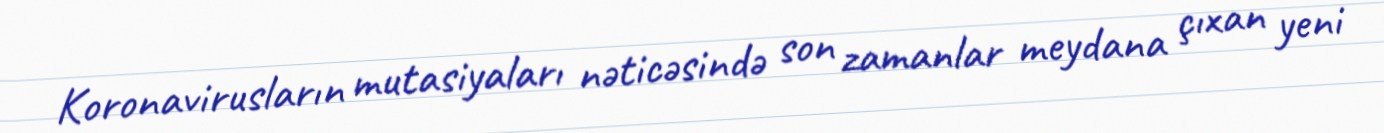
Koronavirusların mutasiyaları nəticəsində son zamanlar meydana çıxan yeni